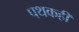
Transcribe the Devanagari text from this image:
पथकही